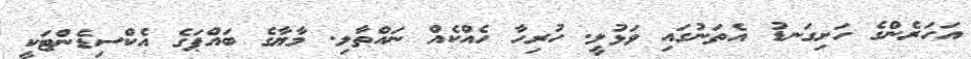
އަހަރެންގެ ހަށިގަނޑު އެތަނުގައި ވަޅުލީ. ހުރިހާ ހެއްކެއް ނައްތާލި. މާޔާގެ ބައްޕަގެ އެކްސިޑެންޓަކީ